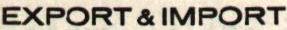
EXPORT & IMPORT